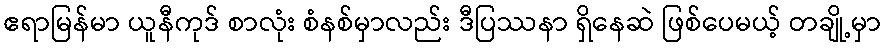
ဧရာမြန်မာ ယူနီကုဒ် စာလုံး စံနစ်မှာလည်း ဒီပြဿနာ ရှိနေဆဲ ဖြစ်ပေမယ့် တချို့မှာ